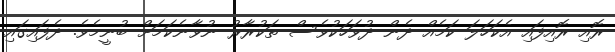
ރޮއި ރޮއިފައި އެކަހަލަ ކަމެއް ދެން ދުވަހަކުވެސް ތަކުރާރު ނުވާނެކަމަށް ބުނީމެވެ. ދެފައިގައި